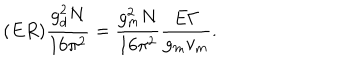
LaTeX: ( E R ) \frac { g _ { d } ^ { 2 } N } { 1 6 \pi ^ { 2 } } = \frac { g _ { m } ^ { 2 } N } { 1 6 \pi ^ { 2 } } \frac { E \Gamma } { g _ { m } v _ { m } } .